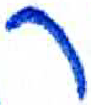
אות: ר